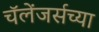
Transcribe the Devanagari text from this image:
चॅलेंजर्सच्या